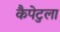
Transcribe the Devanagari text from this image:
कैपेटुला